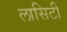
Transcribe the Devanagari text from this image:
लासिटी